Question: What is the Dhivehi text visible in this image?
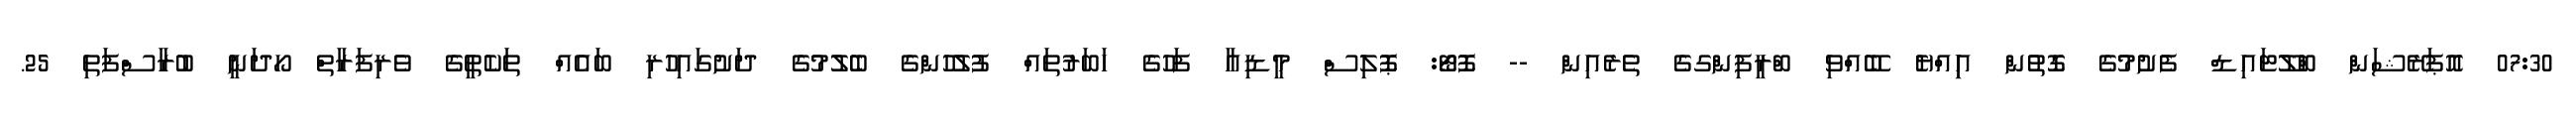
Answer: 07:30 އޮޕަރޭޝަން ބްލޫޓައިޑް ފެށުމުގެ ގޮތުން އިިއްޔެ ބޭއްވި ބްރީފިންގގެ ތެރެއިން -- ފޮޓޯ: ޕޮލިސް މީޑިއާ ފަހުގެ ހަބަރުތައް ފުލުހުންގެ ބެލުމުގެ ދަށުގައިހުރި ބައެއް ތަކެތީގެ ވެރިފަރާތް ހޯދަނީ ބުރާސްފަތި 25.